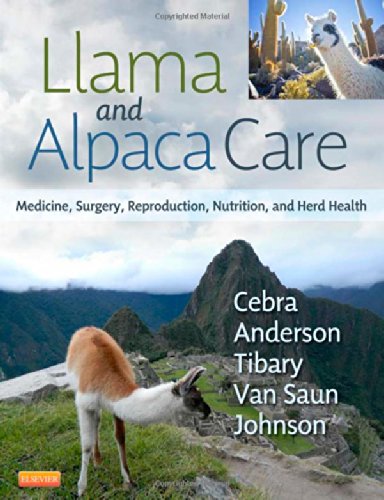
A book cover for Llama and Alpaca Care: Medicine, Surgery, Reproduction, Nutrition, and Herd Health, 1e; Chris Cebra VMD  MS  DACVIM; Crafts, Hobbies & Home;